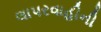
લાપરવાહીની